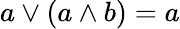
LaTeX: a\vee(a\wedge b)=a